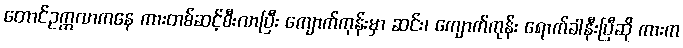
တောင်ဥက္ကလာကနေ ကားတစ်ဆင့်စီးလာပြီး ကျောက်ကုန်းမှာ ဆင်း၊ ကျောက်ကုန်း ရောက်ခါနီးပြီဆို ကားက